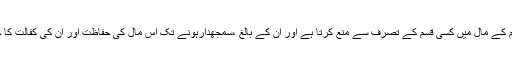
دین اسلام یتیم کے مال میں کسی قسم کے تصرف سے منع کرتا ہے اور ان کے بالغ ،سمجھدارہونے تک اس مال کی حفاظت اور ان کی کفالت کا حکم دیتا ہے۔